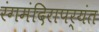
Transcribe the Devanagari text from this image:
रंगमंदिरापर्यंत